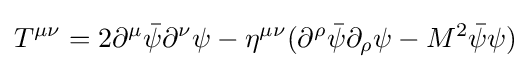
T^{\mu \nu }=2\partial ^{\mu }{\bar {\psi }}\partial ^{\nu }\psi -\eta ^{\mu \nu }(\partial ^{\rho }{\bar {\psi }}\partial _{\rho }\psi -M^{2}{\bar {\psi }}\psi )